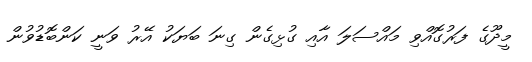
މީދޫގެ ފަރުގޮއްވި މައްސަލަ އާއި ގުޅިގެން ގިނަ ބަޔަކު އޭރު ވަނީ ކަންބޮޑުވުން